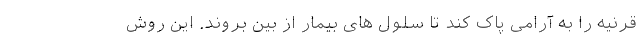
قرنیه را به آرامی پاک کند تا سلول های بیمار از بین بروند. این روش